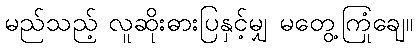
မည်သည့် လူဆိုးဓားပြနှင့်မျှ မတွေ့ကြုံချေ။